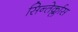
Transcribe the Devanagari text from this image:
सिन्तेर्क्लास